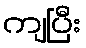
ကျပြီး